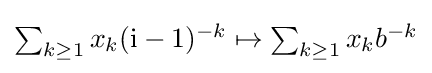
\textstyle \sum _{k\geq 1}x_{k}(\mathrm {i} -1)^{-k}\mapsto \sum _{k\geq 1}x_{k}b^{-k}